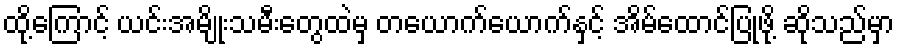
ထို့ကြောင့် ယင်းအမျိုးသမီးတွေထဲမှ တယောက်ယောက်နှင့် အိမ်ထောင်ပြုဖို့ ဆိုသည်မှာ